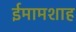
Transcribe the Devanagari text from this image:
ईमामशाह